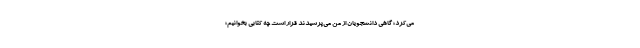
می‌کرد؛ گاهی دانشجویان از من می‌پرسیدند قرار است چه کتابی بخوانیم؛